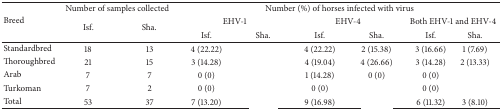
<table><thead><tr><td rowspan="3"><b>Breed</b></td><td colspan="2"><b>Number of samples collected</b></td><td colspan="6"><b>Number (%) of horses infected with virus</b></td></tr><tr><td rowspan="2"><b>Isf.</b></td><td rowspan="2"><b>Sha.</b></td><td colspan="2"><b>EHV-1</b></td><td colspan="2"><b>EHV-4</b></td><td colspan="2"><b>Both EHV-1 and EHV-4</b></td></tr><tr><td><b>Isf.</b></td><td><b>Sha.</b></td><td><b>Isf.</b></td><td><b>Sha.</b></td><td><b>Isf.</b></td><td><b>Sha.</b></td></tr></thead><tbody><tr><td>Standardbred</td><td>18</td><td>13</td><td>4 (22.22)</td><td>[EMPTY_CELL]</td><td>4 (22.22)</td><td>2 (15.38)</td><td>3 (16.66)</td><td>1 (7.69)</td></tr><tr><td>Thoroughbred</td><td>21</td><td>15</td><td>3 (14.28)</td><td>[EMPTY_CELL]</td><td>4 (19.04)</td><td>4 (26.66)</td><td>3 (14.28)</td><td>2 (13.33)</td></tr><tr><td>Arab</td><td>7</td><td>7</td><td>0 (0)</td><td>[EMPTY_CELL]</td><td>1 (14.28)</td><td>0 (0)</td><td>0 (0)</td><td>[EMPTY_CELL]</td></tr><tr><td>Turkoman</td><td>7</td><td>2</td><td>0 (0)</td><td>[EMPTY_CELL]</td><td>0 (0)</td><td>[EMPTY_CELL]</td><td>0 (0)</td><td>[EMPTY_CELL]</td></tr><tr><td>Total</td><td>53</td><td>37</td><td>7 (13.20)</td><td>[EMPTY_CELL]</td><td>9 (16.98)</td><td>[EMPTY_CELL]</td><td>6 (11.32)</td><td>3 (8.10)</td></tr></tbody></table>